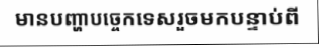
មានបញ្ហាបច្ចេកទេសរួចមកបន្ទាប់ពី